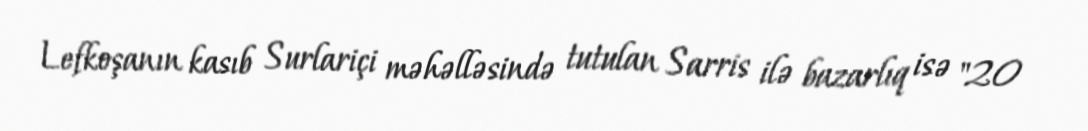
Lefkoşanın kasıb Surlariçi məhəlləsində tutulan Sarris ilə bazarlıq isə "20